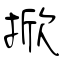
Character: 掀